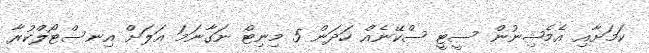
ކަމަށާއި އެމެޝިނުން ސީޓީ ސްކޭނެއް ހަދަން 5 މިނިޓް ނަގާނަމަ އަލަށް އިނސްޓޯލްކުރާ